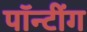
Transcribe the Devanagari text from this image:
पॉन्टींग